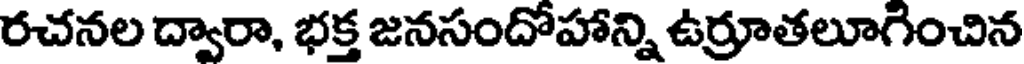
రచనల ద్వారా, భక్త జనసందోహాన్ని ఉర్రూతలూగించిన